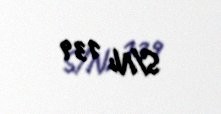
S/N: 139